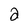
Character: 2